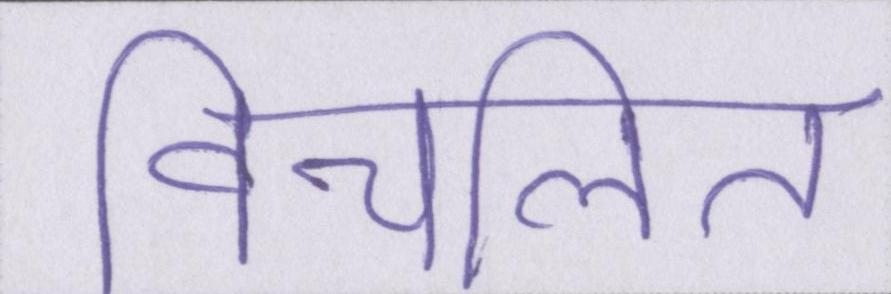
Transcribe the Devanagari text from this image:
विचलित